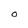
Character: O